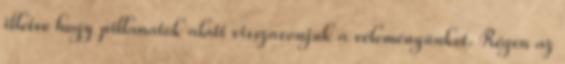
illetve hogy pillanatok alatt visszavonjuk a véleményünket. Régen az